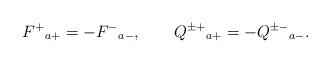
LaTeX: \begin{align*}F^+{}_{a+} = - F^-{}_{a-}, \qquad Q^{\pm +}{}_{a+} = - Q^{\pm -}{}_{a-}. \end{align*}